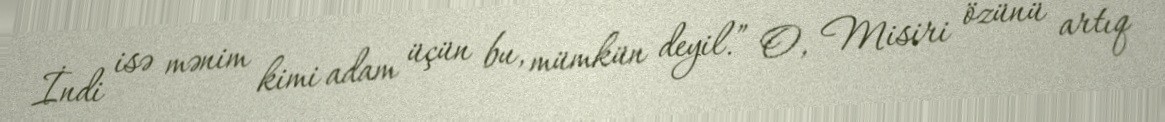
İndi isə mənim kimi adam üçün bu, mümkün deyil.” O, Misiri özünü artıq